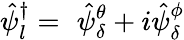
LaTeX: \hat{\psi}_{l}^{\dagger}=\, \, \hat{\psi}_{\delta}^{\theta}+i\hat{\psi}_{\delta}^{\phi}